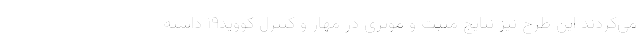
می‌کردند این طرح نیز نتایج مثبت و موثری در مهار و کنترل کووید۱۹ داشته